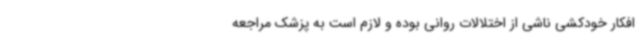
افکار خودکشی ناشی از اختلالات روانی بوده و لازم است به پزشک مراجعه